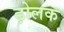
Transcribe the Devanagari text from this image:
ढ़ोलक